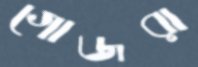
গোজরা